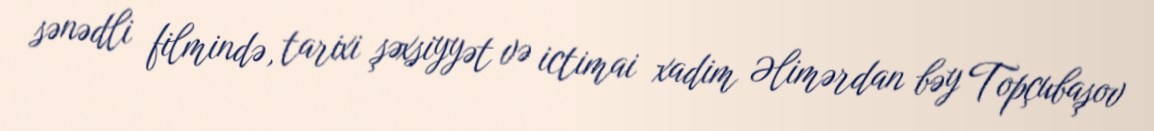
sənədli filmində, tarixi şəxsiyyət və ictimai xadim Əlimərdan bəy Topçubaşov